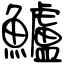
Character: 鱸